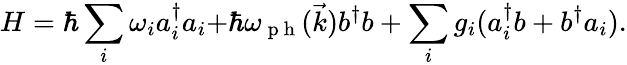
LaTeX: H=\hbar\sum_{i}{\omega_{i}a_{i}^{\dagger}a_{i}+}\hbar\omega_{\mathrm{~p~h~}}(\vec{k})b^{\dagger}b+\sum_{i}{g_{i}(a_{i}^{\dagger}b+b^{\dagger}a_{i})}.